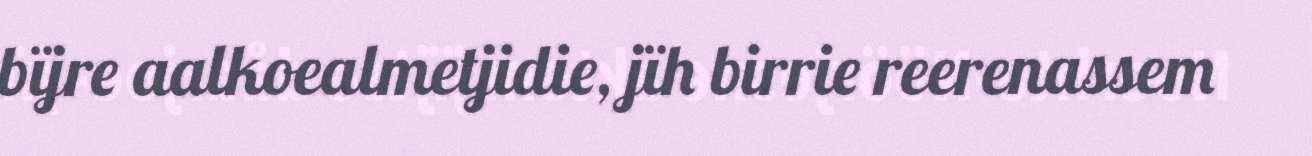
bïjre aalkoealmetjidie, jïh birrie reerenassem